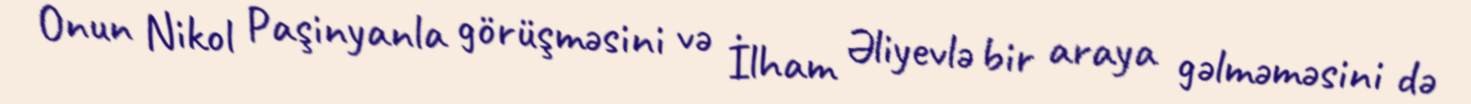
Onun Nikol Paşinyanla görüşməsini və İlham Əliyevlə bir araya gəlməməsini də